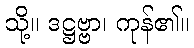
သို့။ ဒဋ္ဌဗ္ဗာ၊ ကုန်၏။